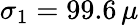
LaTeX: \sigma_{1}=99.6\, \mu